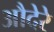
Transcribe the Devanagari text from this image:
औदेरे